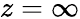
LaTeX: z=\infty